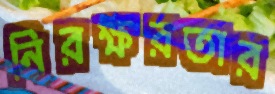
নিরক্ষরতার